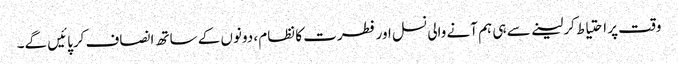
وقت پر احتیاط کرلینے سے ہی ہم آنے والی نسل اور فطرت کا نظام ، دونوں کے ساتھ انصاف کرپائیں گے۔